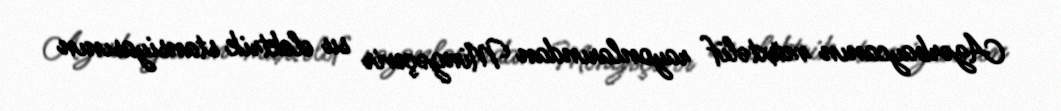
Azərbaycanın müxtəlif rayonlarından Mingəçevir su elektrik stansiyasının